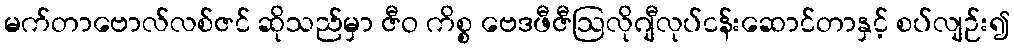
မက်တာဗောလ်လစ်ဇင် ဆိုသည်မှာ ဇီဝ ကိစ္စ ဗေဒဖီဇီဩလိုဂျီလုပ်ငန်းဆောင်တာနှင့် စပ်လျဉ်း၍